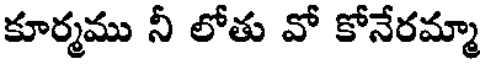
కూర్మము నీ లోతు వో కోనేరమ్మా